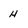
Character: H